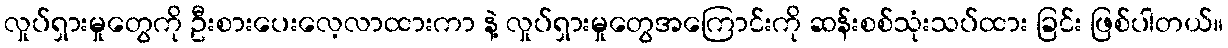
လှုပ်ရှားမှုတွေကို ဦးစားပေးလေ့လာထားကာ နဲ့ လှုပ်ရှားမှုတွေအကြောင်းကို ဆန်းစစ်သုံးသပ်ထား ခြင်း ဖြစ်ပါတယ်။